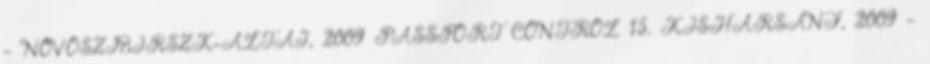
- NOVOSZIBIRSZK-ALTAJ, 2009 PASSPORT CONTROL 15. KISHARSÁNY, 2009 -